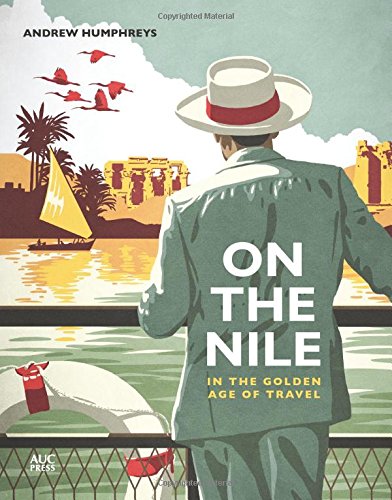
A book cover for On the Nile in the Golden Age of Travel; Andrew Humphreys; History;